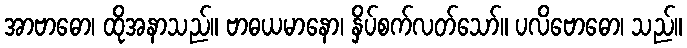
အာဗာဓော၊ ထိုအနာသည်။ ဗာဓယမာနော၊ နှိပ်စက်လတ်သော်။ ပလိဗောဓော၊ သည်။